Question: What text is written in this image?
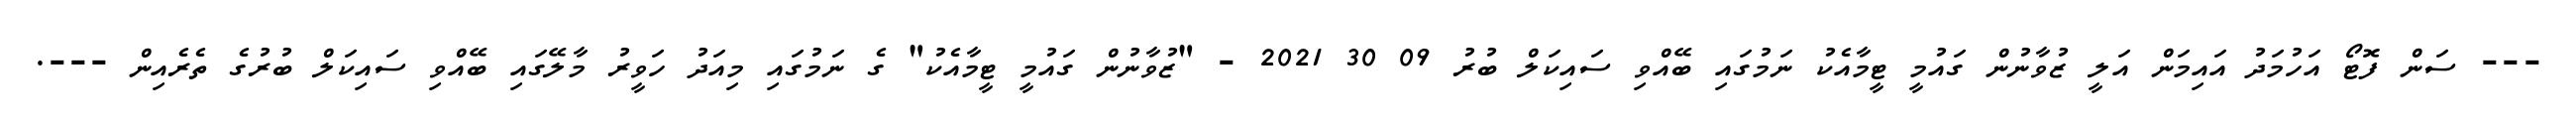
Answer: --- ސަން ފޮޓޯ އަހުމަދު އައިމަން އަލީ ޒުވާނުން ގައުމީ ޓީމާއެކު ނަމުގައި ބޭއްވި ސައިކަލް ބުރު 09 30 2021 - "ޒުވާނުން ގައުމީ ޓީމާއެކު" ގެ ނަމުގައި މިއަދު ހަވީރު މާލޭގައި ބޭއްވި ސައިކަލް ބުރުގެ ތެރެއިން ---.